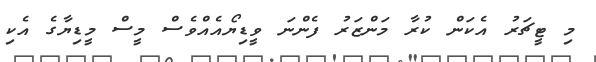
މި ޓީޗަރު އެކަން ކުރާ މަންޒަރު ފެންނަ ވީޑިޔޯއެއްވެސް މީސް މީޑިޔާގެ އެކި